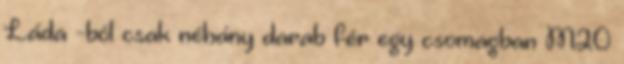
Láda -ból csak néhány darab fér egy csomagban M20